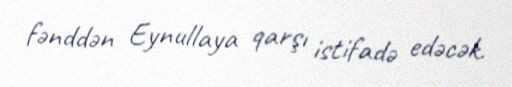
fənddən Eynullaya qarşı istifadə edəcək.